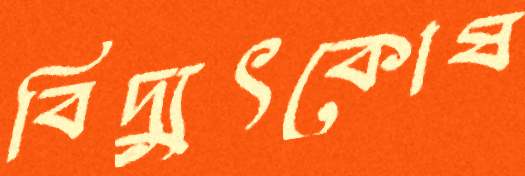
বিদ্যুৎকোষ